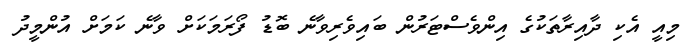
މިއީ އެކި ދާއިރާތަކުގެ އިންވެސްޓަރުން ބައިވެރިވާނެ ބޮޑު ފޯރަމަކަށް ވާނެ ކަމަށް އުންމީދު